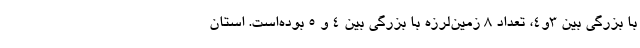
با بزرگی بین ۳و۴، تعداد ۸ زمین‌لرزه با بزرگی بین ۴ و ۵ بوده‌است. استان